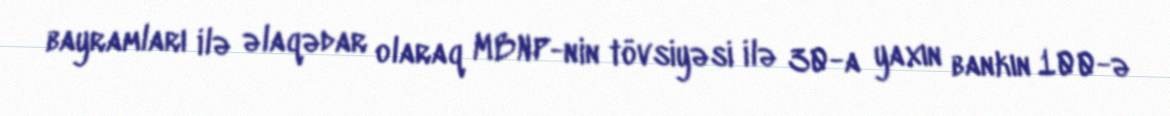
bayramları ilə əlaqədar olaraq MBNP-nin tövsiyəsi ilə 30-a yaxın bankın 100-ə